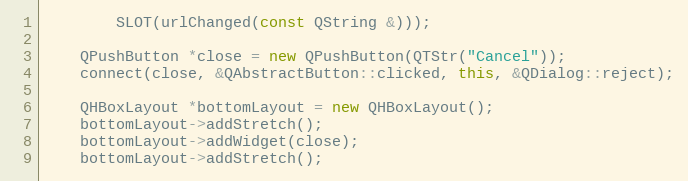
Language: C++
		SLOT(urlChanged(const QString &)));

	QPushButton *close = new QPushButton(QTStr("Cancel"));
	connect(close, &QAbstractButton::clicked, this, &QDialog::reject);

	QHBoxLayout *bottomLayout = new QHBoxLayout();
	bottomLayout->addStretch();
	bottomLayout->addWidget(close);
	bottomLayout->addStretch();